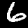
Label: 6